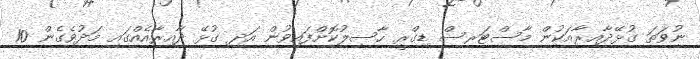
ނުވަތަ ގުޅޭދާއިރާއަކުން މާސްޓަރސް ޑިގްރީ ހާސިލުކޮށްފައިވުން އަދި ގުޅޭ ދާއިރާއެއްގައި މަދުވެގެން 10